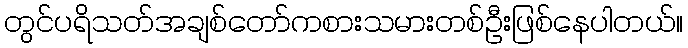
တွင်ပရိသတ်အချစ်တော်ကစားသမားတစ်ဦးဖြစ်နေပါတယ်။